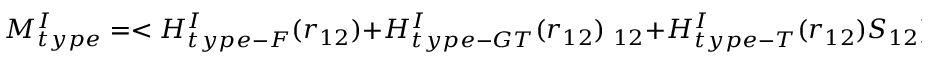
M _ { t y p e } ^ { I } = < H _ { t y p e - F } ^ { I } ( r _ { 1 2 } ) + H _ { t y p e - G T } ^ { I } ( r _ { 1 2 } ) { \bf \sigma } _ { 1 2 } + H _ { t y p e - T } ^ { I } ( r _ { 1 2 } ) { S } _ { 1 2 } ) >